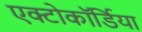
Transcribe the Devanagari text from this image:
एक्टोकॉर्डिया